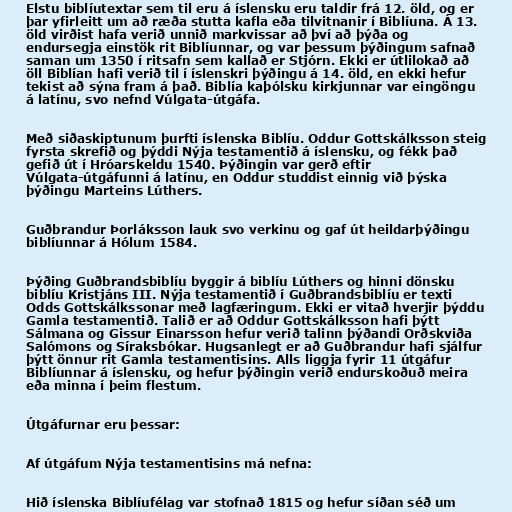
Elstu biblíutextar sem til eru á íslensku eru taldir frá 12. öld, og er
þar yfirleitt um að ræða stutta kafla eða tilvitnanir í Biblíuna. Á 13.
öld virðist hafa verið unnið markvissar að því að þýða og
endursegja einstök rit Biblíunnar, og var þessum þýðingum safnað
saman um 1350 í ritsafn sem kallað er Stjórn. Ekki er útlilokað að
öll Biblían hafi verið til í íslenskri þýðingu á 14. öld, en ekki hefur
tekist að sýna fram á það. Biblía kaþólsku kirkjunnar var eingöngu
á latínu, svo nefnd Vúlgata-útgáfa.

Með siðaskiptunum þurfti íslenska Biblíu. Oddur Gottskálksson steig
fyrsta skrefið og þýddi Nýja testamentið á íslensku, og fékk það
gefið út í Hróarskeldu 1540. Þýðingin var gerð eftir
Vúlgata-útgáfunni á latínu, en Oddur studdist einnig við þýska
þýðingu Marteins Lúthers.

Guðbrandur Þorláksson lauk svo verkinu og gaf út heildarþýðingu
biblíunnar á Hólum 1584.

Þýðing Guðbrandsbiblíu byggir á biblíu Lúthers og hinni dönsku
biblíu Kristjáns III. Nýja testamentið í Guðbrandsbiblíu er texti
Odds Gottskálkssonar með lagfæringum. Ekki er vitað hverjir þýddu
Gamla testamentið. Talið er að Oddur Gottskálksson hafi þýtt
Sálmana og Gissur Einarsson hefur verið talinn þýðandi Orðskviða
Salómons og Síraksbókar. Hugsanlegt er að Guðbrandur hafi sjálfur
þýtt önnur rit Gamla testamentisins. Alls liggja fyrir 11 útgáfur
Biblíunnar á íslensku, og hefur þýðingin verið endurskoðuð meira
eða minna í þeim flestum.

Útgáfurnar eru þessar:

Af útgáfum Nýja testamentisins má nefna:

Hið íslenska Biblíufélag var stofnað 1815 og hefur síðan séð um